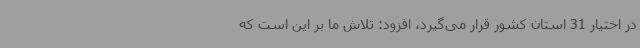
در اختیار 31 استان کشور قرار می‌گیرد، افزود: تلاش ما بر این است که